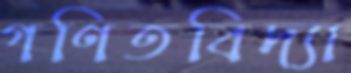
গণিতবিদ্যা